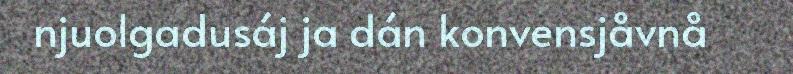
njuolgadusáj ja dán konvensjåvnå